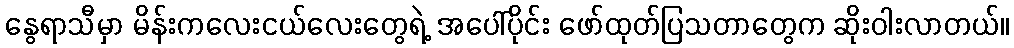
နွေရာသီမှာ မိန်းကလေးငယ်လေးတွေရဲ့ အပေါ်ပိုင်း ဖော်ထုတ်ပြသတာတွေက ဆိုးဝါးလာတယ်။